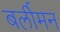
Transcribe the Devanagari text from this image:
बर्लीमन